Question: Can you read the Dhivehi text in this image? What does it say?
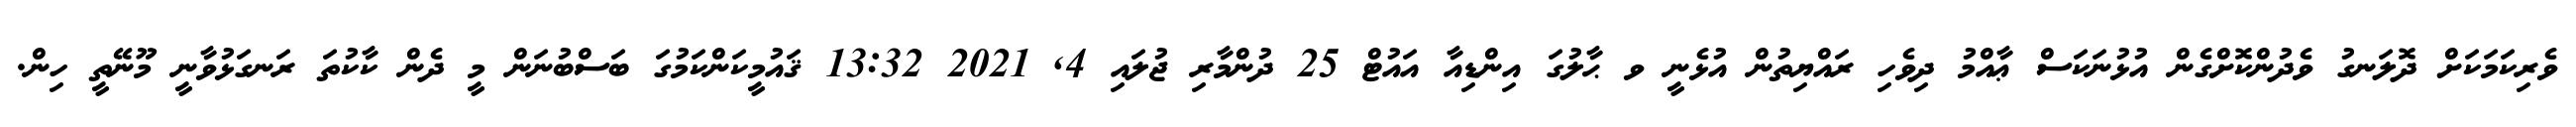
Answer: ވެރިކަމަކަށް ދޮލަނގު ވެދުންކޮށްގެން އުޅުނަކަސް ޢާއްމު ދިވެހި ރައްޔިތުން އުޅެނީ ވ ޙާލުގަ އިންޑިއާ އައުޓް 25 ދުންމާރި ޖުލައި 4, 2021 13:32 ޤައުމީކަންކަމުގަ ބަސްބުނަން މީ ދެން ކާކުތަ ރަނގަޅުވާނީ މޫނޭތީ ހިން.